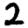
Digit: 2